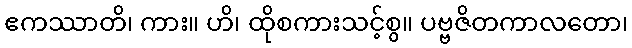
ဧကဿာတိ၊ ကား။ ဟိ၊ ထိုစကားသင့်စွ။ ပဗ္ဗဇိတကာလတော၊